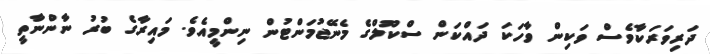
ދަރިވަރަކާވެސް ވަކިން ވާހަކަ ދައްކަން ސްކޫލްގެ މެނޭޖުމަންޓުން ނިންމީއެވެ. މައިރާގެ ބުރު ނާންނާތީ